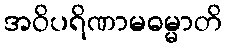
အဝိပရိဏာမဓမ္မာတိ